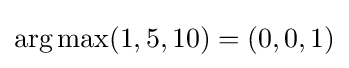
\operatorname {arg\,max} (1,5,10)=(0,0,1)